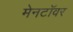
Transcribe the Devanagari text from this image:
मेनटॉवर